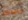
حزامك